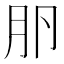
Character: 𰆎